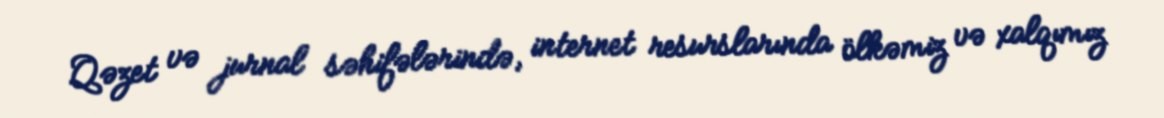
Qəzet və jurnal səhifələrində, internet resurslarında ölkəmiz və xalqımız